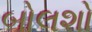
બોલશો